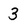
Character: 3